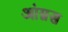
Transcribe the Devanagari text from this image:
आंग्नस